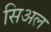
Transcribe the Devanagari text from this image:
सिअल